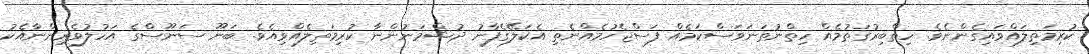
ކުރިމަތިލައްވައިގެންނެވެ. ހިތްބިރުގަތުމެއް ހިތްނުތަނަވަސްކަމެއް ފަސްޖެހުމެއްނެތި އެކަލޭގެފާނު ދުޝްމަނުންނާ ކުރިމަތިލެއްވިއެވެ. ބަނޫ ސަނޫސްގެ އަހުލުވެރިންނާއެކު